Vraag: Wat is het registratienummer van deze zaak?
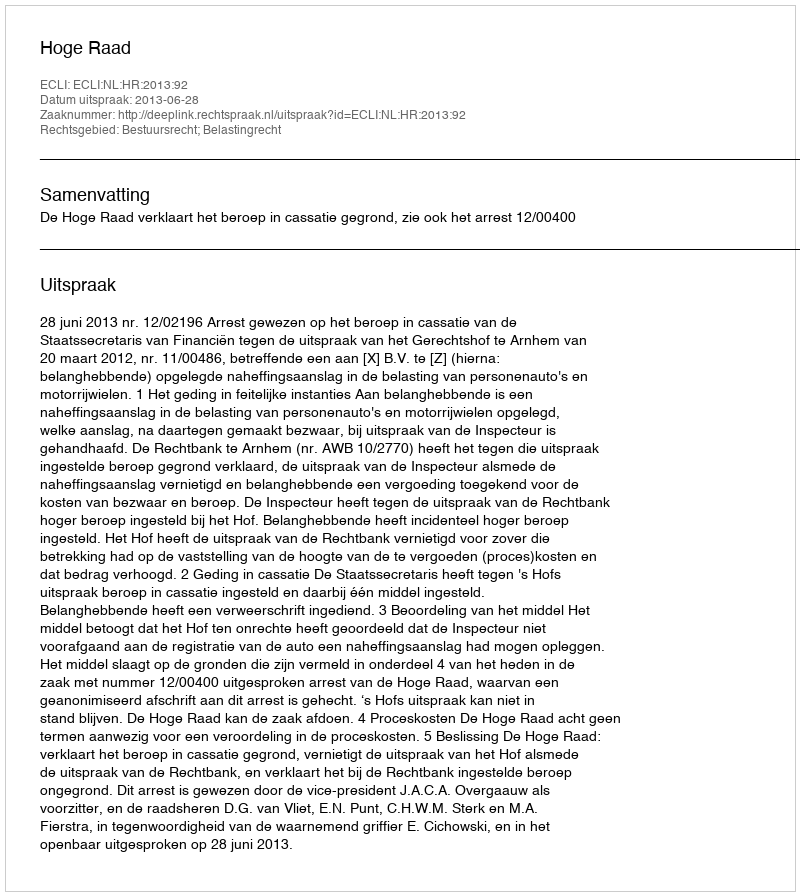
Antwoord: http://deeplink.rechtspraak.nl/uitspraak?id=ECLI:NL:HR:2013:92